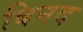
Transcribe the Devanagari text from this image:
बिनद